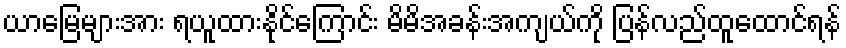
ယာမြေများအား ရယူထားနိုင်ကြောင်း မိမိအခန်းအကျယ်ကို ပြန်လည်ထူထောင်ရန်